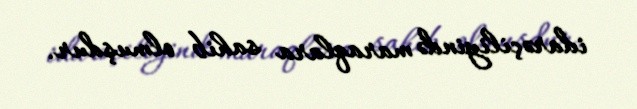
idarəçiliyində maraqlara sahib olmuşdur.